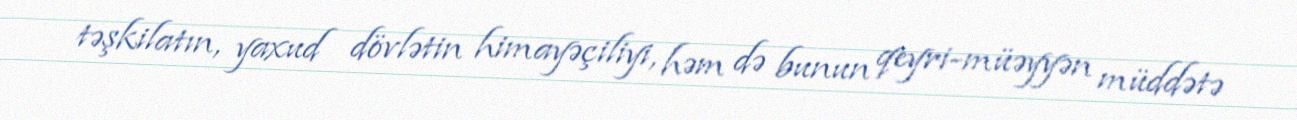
təşkilatın, yaxud dövlətin himayəçiliyi, həm də bunun qeyri-müəyyən müddətə